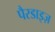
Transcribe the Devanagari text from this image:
पैरडाइज़